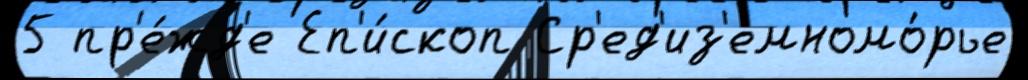
5 пр'е́жд'е Еп'и́скоп Ср'ед'из'емномо́рье